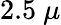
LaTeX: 2.5~\mu